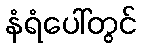
နံရံပေါ်တွင်